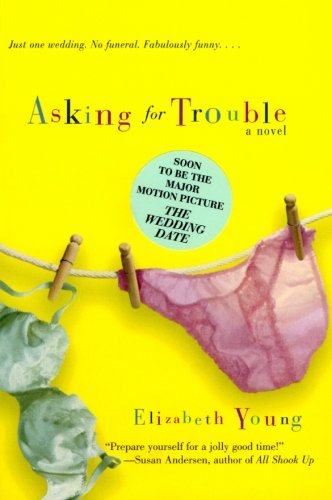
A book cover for Asking for Trouble: A Novel; Elizabeth Young; Literature & Fiction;